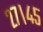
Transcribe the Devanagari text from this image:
२७।४५